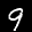
Label: 9